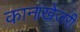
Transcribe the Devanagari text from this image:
कानाखेजरी